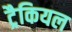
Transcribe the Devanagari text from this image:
ट्रैकियल